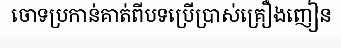
ចោទប្រកាន់គាត់ពីបទប្រើប្រាស់គ្រឿងញៀន